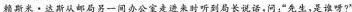
赖斯米·达斯从邮局另一间办公室走进来时听到局长说话，问：“先生，是谁呀?”